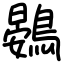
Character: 鷃